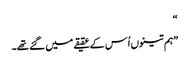
“
”ہم تینوں اُس کے عقیقے میں گئے تھے۔